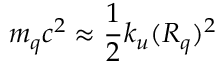
m _ { q } c ^ { 2 } \approx \frac { 1 } { 2 } k _ { u } ( R _ { q } ) ^ { 2 }